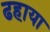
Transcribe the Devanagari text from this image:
ढहाया